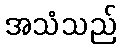
အသံသည်